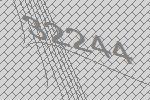
32244